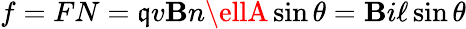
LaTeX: f=FN=\mathfrak{q}v\mathbf{B}n\ellA\sin\theta=\mathbf{B}i\ell\sin\theta